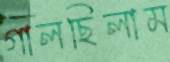
গালছিলাম